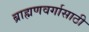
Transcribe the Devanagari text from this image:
ब्राह्मणवर्गासाठी